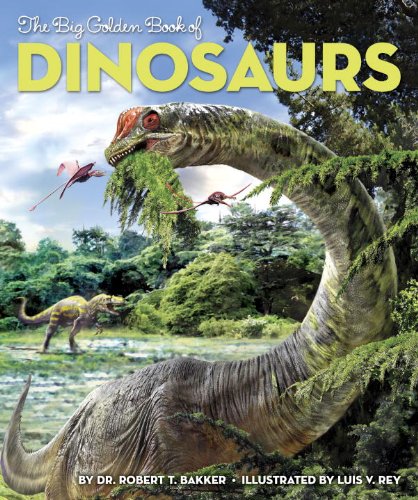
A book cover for The Big Golden Book of Dinosaurs; Dr. Robert T. Bakker; Children's Books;